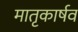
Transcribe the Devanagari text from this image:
मातृकार्षव